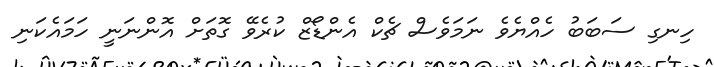
ހިނގި ސަބަބު ހެއްޔެވެ ނަމަވެސް ޗެކް އެންޑޯޒް ކުރެވޭ ގޮތަށް އޮންނަނީ ހަމައެކަނި